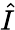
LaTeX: \hat{I}